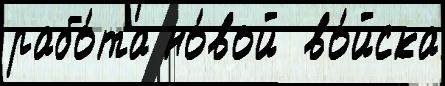
рабо́та но́вой  во́йска